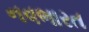
નવભારત